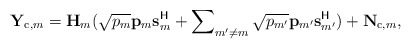
\begin{align*}{\mathbf{Y}}_{{\rm{c}},m}={\mathbf{H}}_{m}(\sqrt{p_m}{\mathbf{p}}_{m}{\mathbf{s}}_{m}^{\mathsf{H}}+\sum\nolimits_{m'\neq m}\sqrt{p_{m'}}{\mathbf{p}}_{m'}{\mathbf{s}}_{m'}^{\mathsf{H}})+{\mathbf{N}}_{{\rm{c}},m},\end{align*}